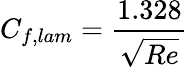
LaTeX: C_{f,lam}={\frac{1.328}{\sqrt{Re}}}